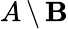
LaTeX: A\, \backslash\, \mathbf{B}